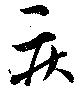
疾